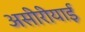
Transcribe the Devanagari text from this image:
असीरीयाई